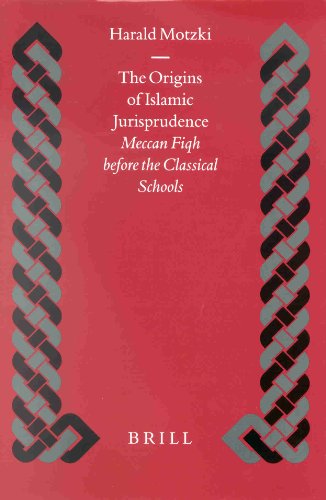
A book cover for The Origins of Islamic Jurisprudence: Meccan Fiqh Before the Classical Schools (Islamic History and Civilization); Harald Motzki; Religion & Spirituality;